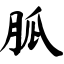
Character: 胍